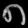
Digit: ၈